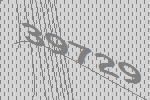
39729